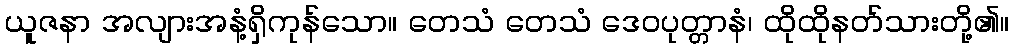
ယူဇနာ အလျားအနံ့ရှိကုန်သော။ တေသံ တေသံ ဒေဝပုတ္တာနံ၊ ထိုထိုနတ်သားတို့၏။